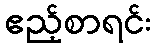
ဧည့်စာရင်း